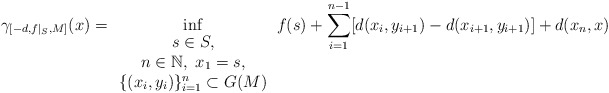
\begin{align*}\gamma_{[-d,f|_S,M]}(x)=\inf_{\begin{array}{c} s\in S,\\ n\in\mathbb{N},\ x_1=s,\\ \{(x_i,y_i)\}_{i=1}^n\subset G(M)\\ \end{array} }f(s)+\sum_{i=1}^{n-1} [d(x_i,y_{i+1})-d(x_{i+1},y_{i+1})]+d(x_n,x)\end{align*}